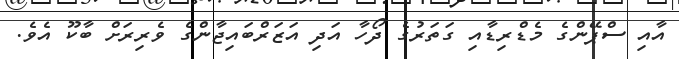
އާއި ސްޕޭންގެ މެޑްރިޑާއި ގަތަރުގެ ދޯހާ އަދި އަޒަރްބައިޖާންގެ ވެރިރަށް ބާކޫ އެވެ.